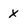
Character: X